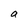
Character: a